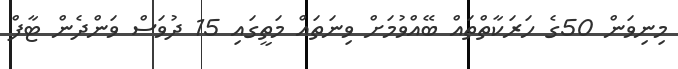
މިނިވަން 50ގެ ހަރަކާތްތައް ބޭއްވުމަށް ވިނަތައް މަތީގައި 15 ދުވަސް ވަންދެން ޓާފް